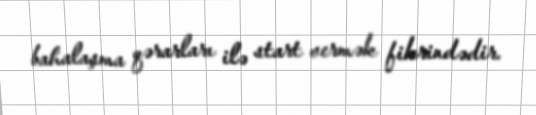
bahalaşma qərarları ilə start vermək fikrindədir.